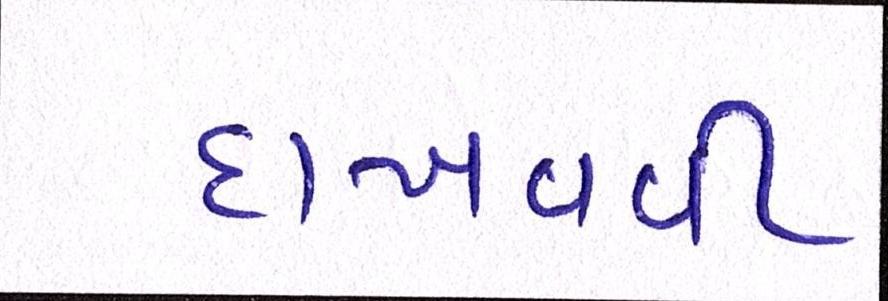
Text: દાખવવી